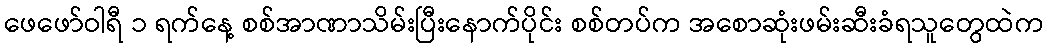
ဖေဖော်ဝါရီ ၁ ရက်နေ့ စစ်အာဏာသိမ်းပြီးနောက်ပိုင်း စစ်တပ်က အစောဆုံးဖမ်းဆီးခံရသူတွေထဲက